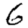
Digit: 6